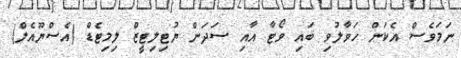
ނަމަވެސް އެކަން ހަވާލުވި ބައި ވޯޓާ އާއި ސަދަން ޔުޓިލިޓީޒް ލިމިޓެޑް (އެސްޔޫއެލް)